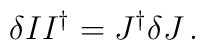
\delta II^{\dagger}= J^{\dagger} \delta J\,.